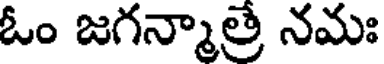
ఓం జగన్మాత్రే నమః